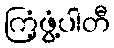
ကြံ့ဖွံ့ပါတီ